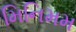
મિનિમમ